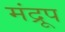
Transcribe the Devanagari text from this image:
मंद्रूप